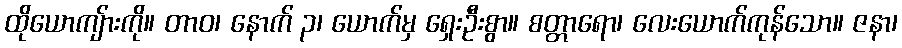
ထိုယောကျ်ားကို။ တာဝ၊ နောက် ၃၊ ယောက်မှ ရှေးဦးစွာ။ စတ္တာရော၊ လေးယောက်ကုန်သော။ ဇနာ၊